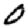
Digit: 0